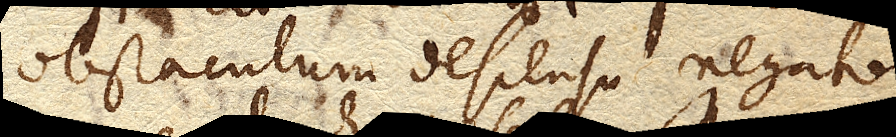
obstaculum descensu negato,